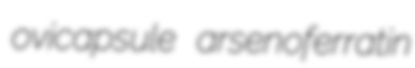
ovicapsule arsenoferratin